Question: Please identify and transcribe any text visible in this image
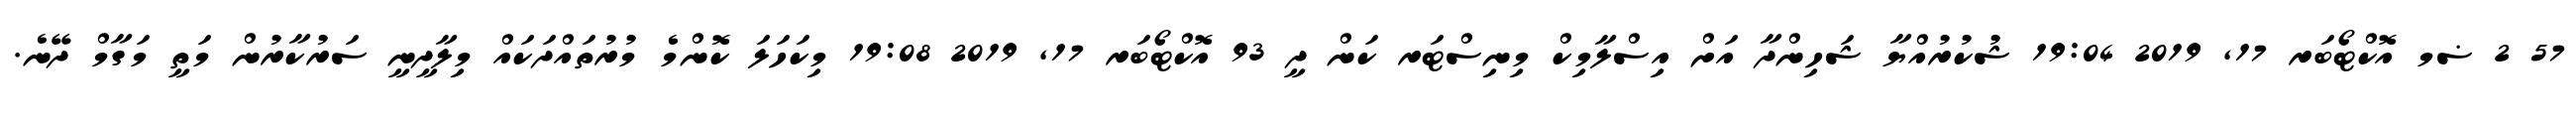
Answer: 57 2 ޟމ އޮކްޓޯބަރ 17, 2019 19:04 ޝުކުރުއްޔާ ޝަހިންދާ އަށް އިސްލާމިކް މިނިސްޓަރ ކަން ދީ 93 އޮކްޓޯބަރ 17, 2019 19:08 މިކަހަލަ ކޮންމެ މުރުތައްދަކައް މިލާދީނީ ސަރުކާރުން މަތީ މަގާމް ދޭނެ.